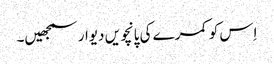
اِس کو کمرے کی پانچویں دیوار سمجھیں۔